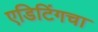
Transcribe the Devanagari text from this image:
एडिटिंगचा